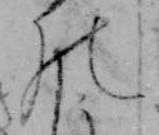
の